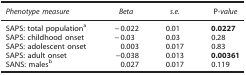
<table><thead><tr><td><b><i>Phenotype measure</i></b></td><td><b><i>Beta</i></b></td><td><b><i>s.e.</i></b></td><td><b>P<i>-value</i></b></td></tr></thead><tbody><tr><td>SAPS: total populationa</td><td>−0.022</td><td>0.01</td><td><b>0.0227</b></td></tr><tr><td>SAPS: childhood onset</td><td>−0.03</td><td>0.03</td><td>0.28</td></tr><tr><td>SAPS: adolescent onset</td><td>0.003</td><td>0.017</td><td>0.83</td></tr><tr><td>SAPS: adult onset</td><td>−0.038</td><td>0.013</td><td><b>0.00361</b></td></tr><tr><td>SANS: malesb</td><td>0.027</td><td>0.017</td><td>0.119</td></tr></tbody></table>